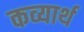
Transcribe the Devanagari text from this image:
कव्यार्थ